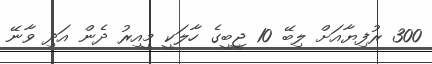
300 ރުފިޔާއަށް ލިބޭ 10 ޖީބީގެ ހާލަކީ މީއިރު ދެން އަދި ވާނޭ